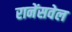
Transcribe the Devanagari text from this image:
रानेंसवेल